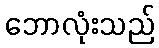
ဘောလုံးသည်